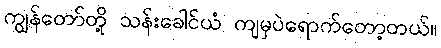
ကျွန်တော်တို့ သန်းခေါင်ယံ ကျမှပဲရောက်တော့တယ်။